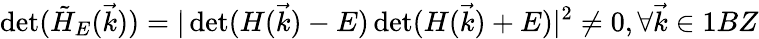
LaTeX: \operatorname*{det}(\tilde{H}_{E}(\vec{k}))=|\operatorname*{det}(H(\vec{k})-E)\operatorname*{det}(H(\vec{k})+E)|^{2}\neq 0,\forall\vec{k}\in 1BZ